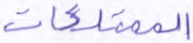
الممتلكات